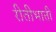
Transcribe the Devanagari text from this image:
रीतीभाती